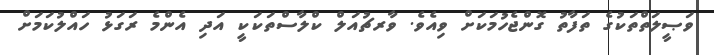
ވަޞީލަތްތަކުގެ ތަފާތު ގޮންޖެހުމަކަށް ވިއެވެ. ވާރޗުއަލް ކްލާސްތަކަކީ އަދި އެންމެ ރަގަޅު ހައްލުކަމަށް